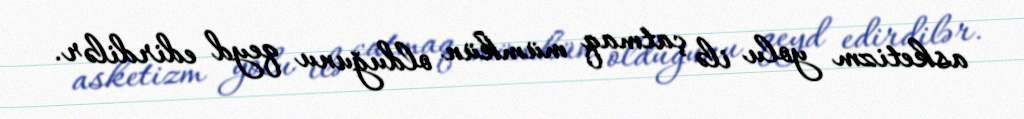
asketizm yolu ilə çatmaq mümkün olduğunu qeyd edirdilər.